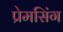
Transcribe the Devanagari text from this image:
प्रेमसिंग